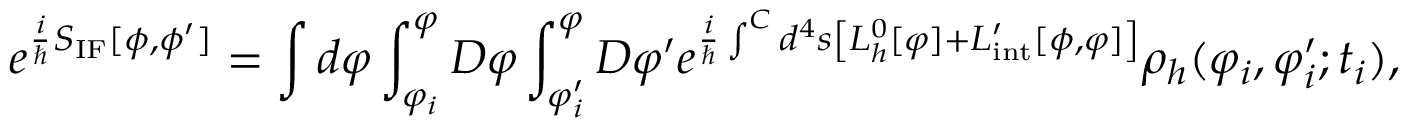
e ^ { { \frac { i } { \hbar } } S _ { \mathrm { I F } } [ \phi , \phi ^ { \prime } ] } = \int d \varphi \int _ { \varphi _ { i } } ^ { \varphi } { \cal D } \varphi \int _ { \varphi _ { i } ^ { \prime } } ^ { \varphi } { \cal D } \varphi ^ { \prime } e ^ { { \frac { i } { \hbar } } \int ^ { \cal C } d ^ { 4 } s \left[ { \cal L } _ { h } ^ { 0 } [ \varphi ] + { \cal L } _ { \mathrm { i n t } } ^ { \prime } [ \phi , \varphi ] \right] } \rho _ { h } ( \varphi _ { i } , \varphi _ { i } ^ { \prime } ; t _ { i } ) ,